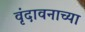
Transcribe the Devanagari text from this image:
वृंदावनाच्या